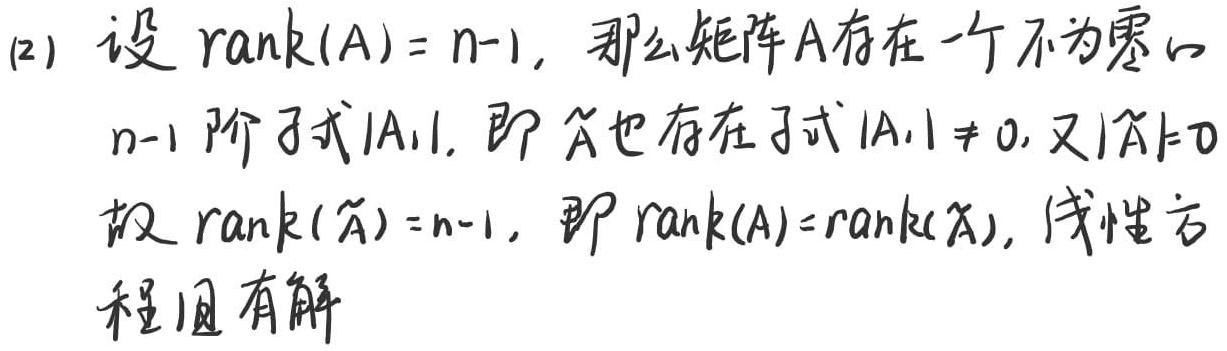
(2) 设 $\mathrm{rank}(A)=n - 1$, 那么矩阵 $A$ 存在一个不为零的 $n - 1$ 阶子式 $|A_1|$, 即 $\widetilde{A}$ 也存在子式 $|A_1|\neq 0$, 又 $|A| = 0$ 故 $\mathrm{rank}(\widetilde{A})=n - 1$, 即 $\mathrm{rank}(A)=\mathrm{rank}(\widetilde{A})$, 线性方程组有解